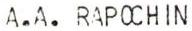
A.A. RAPOCHIN